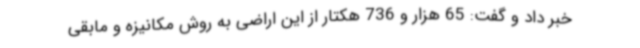
خبر داد و گفت: 65 هزار و 736 هکتار از این اراضی به روش مکانیزه و مابقی